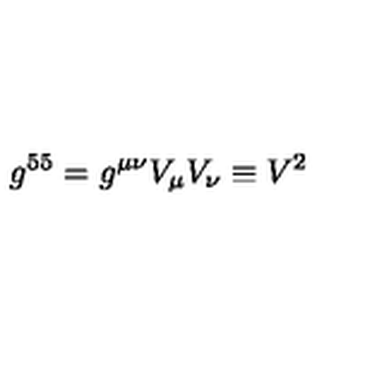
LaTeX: g ^ { 5 5 } = g ^ { \mu \nu } V _ { \mu } V _ { \nu } \equiv V ^ { 2 }